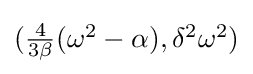
{\textstyle ({\tfrac {4}{3\beta }}(\omega ^{2}-\alpha ),\delta ^{2}\omega ^{2})}